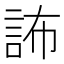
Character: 𧦞